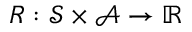
R : \mathcal { S } \times \mathcal { A } \rightarrow \mathbb { R }